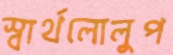
স্বার্থলোলুপ